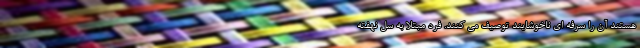
هستند آن را سرفه ای ناخوشایند توصیف می کنند. فرد مبتلا به سل نهفته